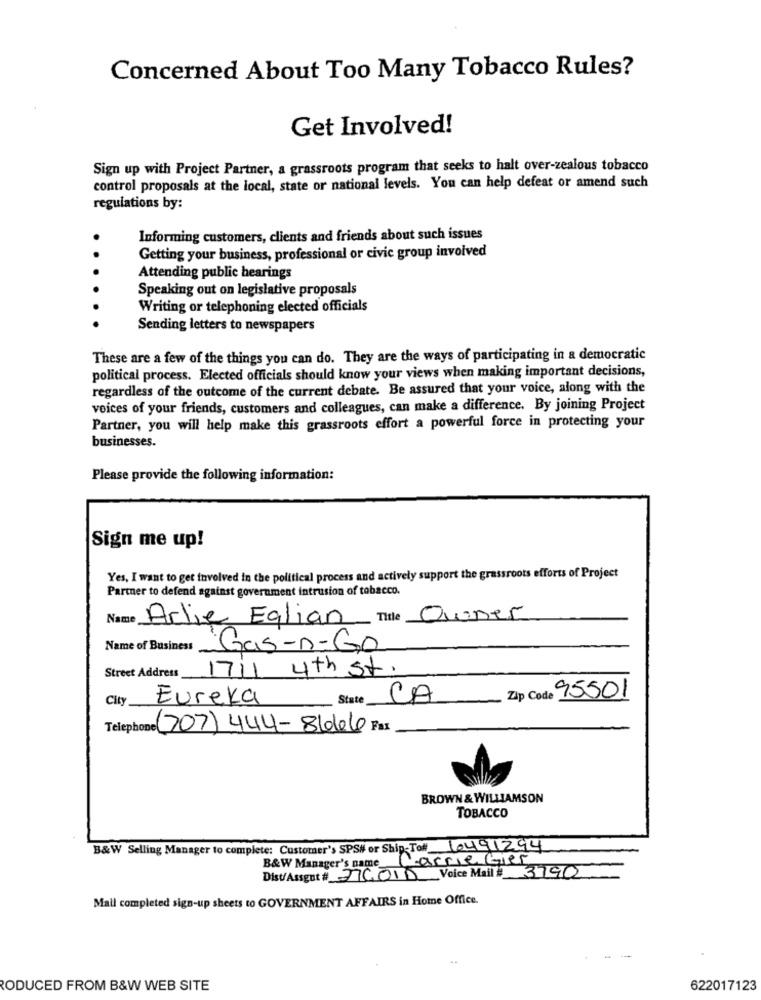
Concerned About Too Many Tobacco Rules?
Get Involved!
Sign up with Project Partner, a grassroots program that seeks to halt over-zealous tobacco
control proposals at the local, state or national levels. You can help defeat or amend such
regulations by:
Informing customers, clients and friends about such issues
Getting your business, professional or civic group involved
Attending public hearings
Speaking out on legislative proposals
Writing or telephoning elected officials
Sending letters to newspapers
These are a few of the things you can do. They are the ways of participating in a democratic
political process. Elected officials should know your views when making important decisions,
regardless of the outcome of the current debate. Be assured that your voice, along with the
voices of your friends, customers and colleagues, can make a difference. By joining Project
Partner, you will help make this grassroots effort a powerful force in protecting your
businesses.
Please provide the following information:
Sign me up!
Yes, I want to get involved in the political process and actively support the grassroots efforts of Project
Partner to defend against government intrusion of tobacco.
Name
Arlie Eglian
Title
Quner
Name of Business
Gas-n-Go
Street Address
1711 4th st.
City
Eureka
State
Zip Code 95501
CA
Telephone (707) 444-810106 Fax
BROWN & WILLIAMSON
TOBACCO
B&W Selling Manager to complete: Customer's SPS# or Ship-Toff 10491294
Carrie Gier
B&W Manager's name_
Dist/Assgut # JICO10 Voice Mail# 3790
Mall completed sign-up sheets to GOVERNMENT AFFAIRS in Home Office.
RODUCED FROM B&W WEB SITE
622017123